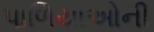
પાળિયાઓની